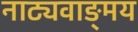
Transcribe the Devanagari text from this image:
नाट्यवाङ्‌मय